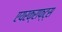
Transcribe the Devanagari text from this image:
एयरक्राफ्ट्स